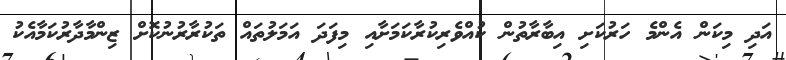
އަދި މިކަން އެންމެ ހަރުކަށި އިބާރާތުން ކުއްވެރިކުރާކަމަށާއި މިފަދަ އަމަލުތައް ތަކުރާރުނުކޮށް ޒިންމާދާރުކަމާއެކު